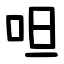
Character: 呾